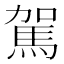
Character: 駕